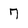
Character: 7